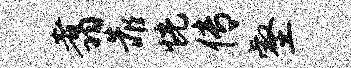
翥靠恍传壑